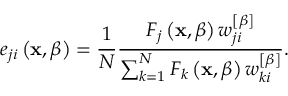
e _ { j i } \left( \mathbf { x } , \beta \right) = \frac { 1 } { N } \frac { F _ { j } \left( \mathbf { x } , \beta \right) w _ { j i } ^ { \left[ \beta \right] } } { \sum _ { k = 1 } ^ { N } F _ { k } \left( \mathbf { x } , \beta \right) w _ { k i } ^ { \left[ \beta \right] } } .